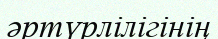
әртүрлілігінің